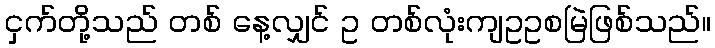
ငှက်တို့သည် တစ် နေ့လျှင် ဥ တစ်လုံးကျဥဥစမြဲဖြစ်သည်။